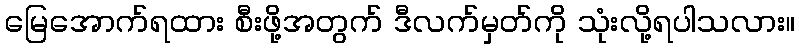
မြေအောက်ရထား စီးဖို့အတွက် ဒီလက်မှတ်ကို သုံးလို့ရပါသလား။